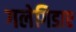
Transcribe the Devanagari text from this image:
गलेगिडाए